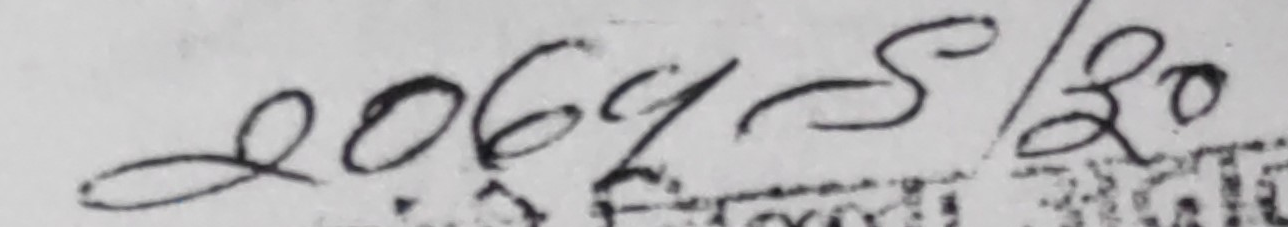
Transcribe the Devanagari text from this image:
२०६५-S/२०